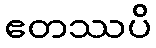
ဧတဿပိ